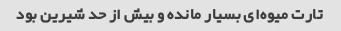
تارت میوه‌ای بسیار مانده و بیش از حد شیرین بود